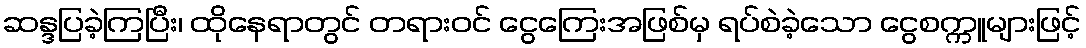
ဆန္ဒပြခဲ့ကြပြီး၊ ထိုနေရာတွင် တရားဝင် ငွေကြေးအဖြစ်မှ ရပ်စဲခဲ့သော ငွေစက္ကူများဖြင့်